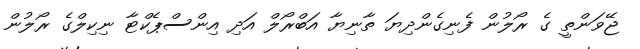
ޖޭވަންތީ ގެ ރޯލުން ފެނިގެންދިޔަ ތާނިޔާ އަބްރޯލް އަދި އިންސްޕެކްޓާ ނިކިލްގެ ރޯލުން